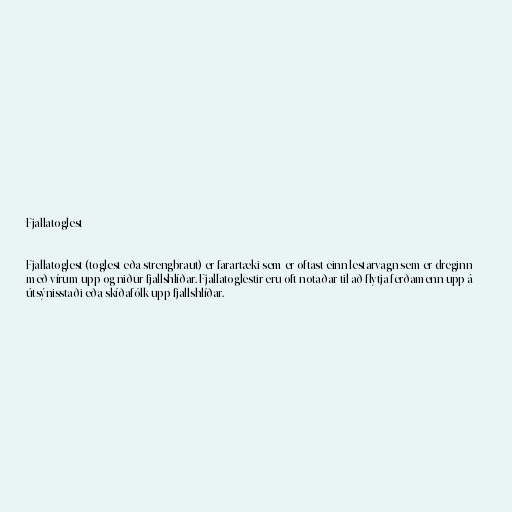
Fjallatoglest

Fjallatoglest (toglest eða strengbraut) er farartæki sem er oftast einn lestarvagn sem er dreginn
með vírum upp og niður fjallshlíðar. Fjallatoglestir eru oft notaðar til að flytja ferðamenn upp á
útsýnisstaði eða skíðafólk upp fjallshlíðar.